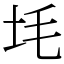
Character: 㘪